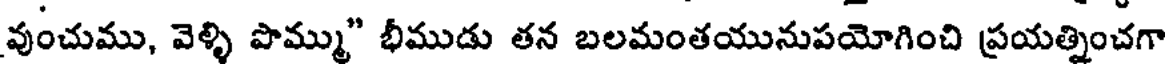
వుంచుము, వెళ్ళి పొమ్ము" భీముడు తన బలమంతయునుపయోగించి ప్రయత్నించగా